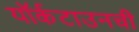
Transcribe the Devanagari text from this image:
यॉर्कटाउनची